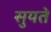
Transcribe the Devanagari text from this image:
सुयते